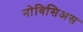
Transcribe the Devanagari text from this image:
नोविसिअस